Civil Veterinary Dept. Bombay admin report 1893-99 - 1893-1899
Year: 1893
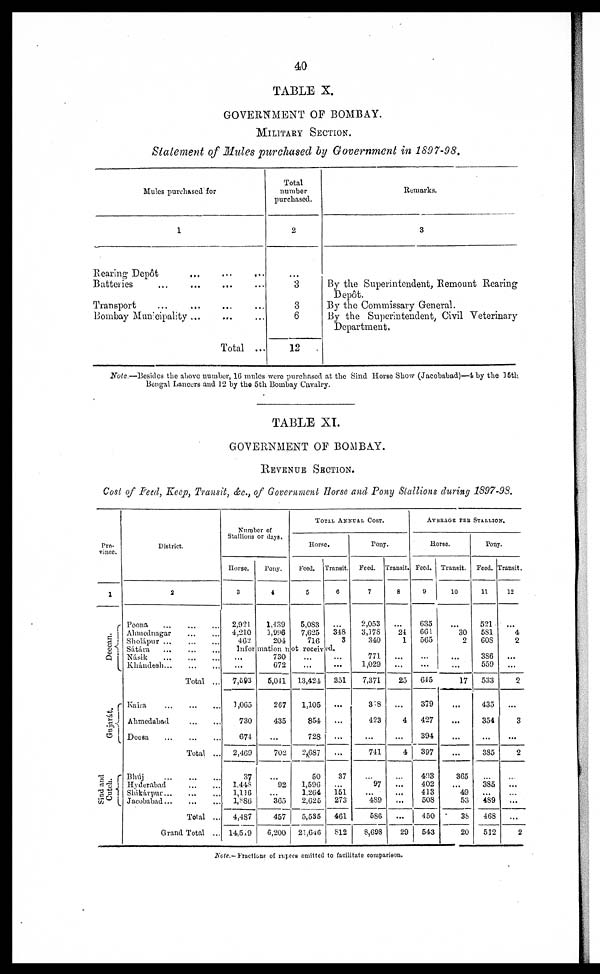
40
TABLE X.
GOVERNMENT OF BOMBAY.
MILITARY SECTION.
Statement of Mules purchased by Government in 1897-98.
Mules purchased for
1
Rearing Depôt … … …
Batteries … … … …
Transport … … … …
Bombay Municipality ... … …
Total ...
Total
number
purchased.
2
…
3
3
6
12
Remarks.
3
…
By the Superintendent, Remount Rearing
Depôt.
By the Commissary General.
By the Superintendent, Civil Veterinary
Department.
Note.—Besides the above number, 16 mules were purchased at the Sind Horse Show (Jacobabad)—4 by the 15th
Bengal Lancers and 12 by the 5th Bombay Cavalry.
TABLE XI.
GOVERNMENT OF BOMBAY.
REVENUE
SECTION..
Cost of Feed, Keep, Transit, &c., of Government Horse and Pony Stallions during 1897-98.
Pro-
vince.
1
Deccan.
Gujarát.
Sind and
Cut ch.
District.
2
Poona
…
…
…
Ahmednagar … …
Sholápur
…
…
…
Sátára
... … …
Násik … … …
Khándesh
…
…
…
Total ...
Kaira
…
…
…
Ahmedabad
…
…
Deesa
…
…
…
Total ...
Bhúj
…
…
…
Hyderabad … …
Shikárpur … …
Jacobabad … … … …
Total ...
Grand Total ...
Number of
Stallions or days.
Horse.
3
2,931
4,210
462
Pony.
4
1,439
1,996
204
TOTAL ANNUAL COST
Horse.
Feed.
5
5,083
7,625
716
Transit.
6
…
348
3
Information not received.
...
...
7,593
3,065
730
674
2,469
37
1,448
1,116
1,886
4,487
14,519
730
672
5,041
267
435
...
702
…
92
365
457
6,200
...
...
13,424
1,105
854
728
2,687
50
1,596
1,264
2,625
5,535
21,646
…
...
351
...
…
...
...
37
...
151
273
461
812
Pony.
Feed.
7
2,053
3,378
340
771
1,029
7,371
348
423
...
741
…
97
489
586
8,698
Transit.
8
…
24
1
…
...
25
...
4
...
4
…
...
...
...
29
AVERAGE PER STALLION.
Horse.
Feed.
9
635
661
565
…
…
645
379
427
394
397
403
402
413
508
450
543
Transit.
10
…
30
2
...
...
17
…
...
...
...
365
49 ...
53
38
20
Pony.
Feed.
11
521
581
608
386
559
533
435
354
...
385
…
385
...
489
468
512
Transit.
12
…
4
2
…
...
2
…
3
...
2
…
...
...
...
...
2
Note.-Fractions of rupees omitted to facilitate comparison.